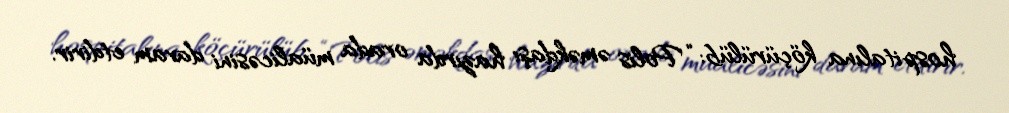
hospitalına köçürülüb: “Polis əməkdaşı hazırda orada müalicəsini davam etdirir.